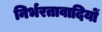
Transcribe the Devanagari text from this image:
निर्भरतावादियों